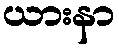
ယားနာ